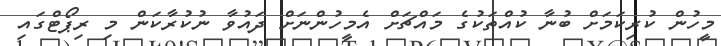
މީހުން ކުރިކަމަށް ބުނާ ކުއްތަކުގެ މައްޗަށް އެމީހުންނަށް ދައުވާ ނުކުރާކަން މި ރިޕޯޓްގައި